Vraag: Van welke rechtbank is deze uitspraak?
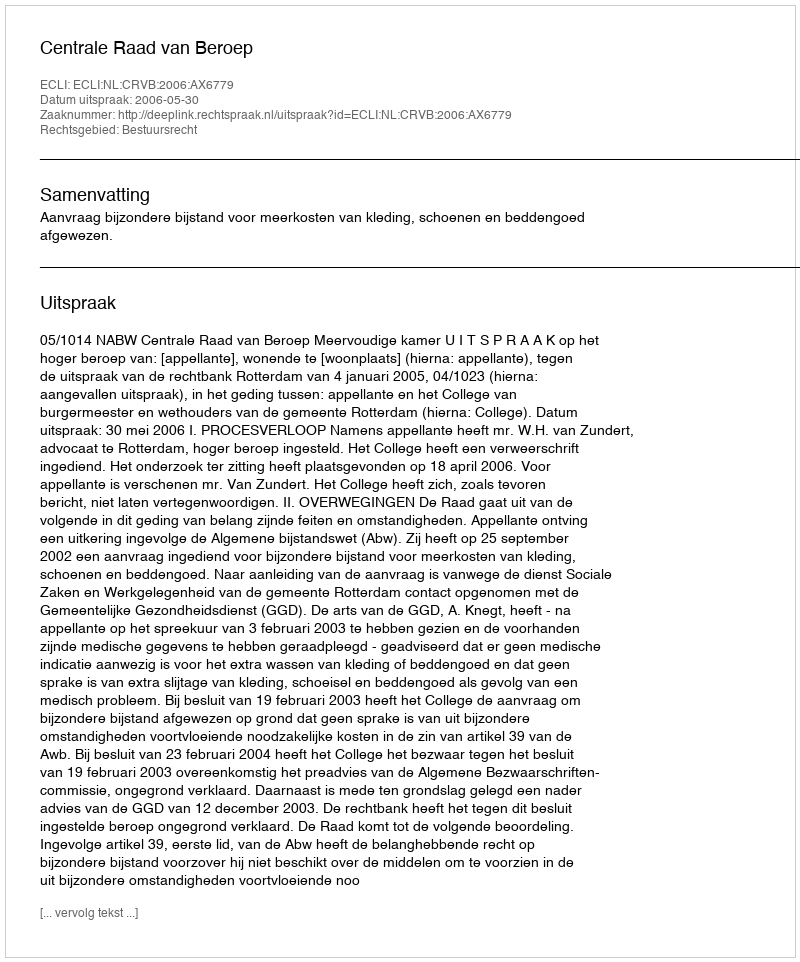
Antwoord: Centrale Raad van Beroep